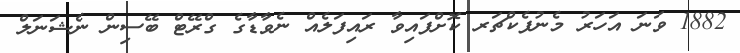
1882 ވަނަ އަހަރު މެނުފެކްޗަރ ކޮށްފައިވާ ރައިފަލެއް ނެވާޑާގެ ގްރޭޓް ބޭސިން ނެޝަނަލް